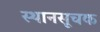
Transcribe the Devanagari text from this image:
स्थानसूचक